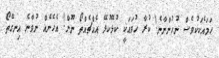
ހަމައެކަކުވެސް ނުހުންނާނެ! ކުރާ ހުވައަކީ ކުޅޭކުޅޭ އެއްޗެއްތޯ ނޫން! އެހެނެއް ނުވާނެ އިނގޭތޯ